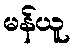
မန်ယူ